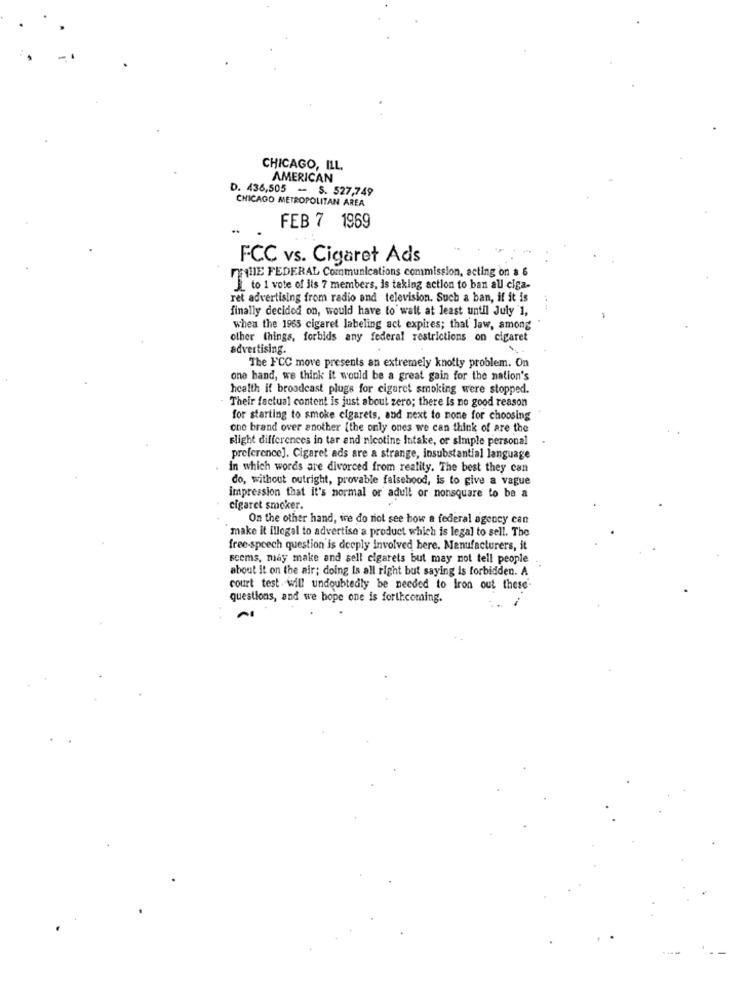
CHICAGO, ILL
AMERICAN
D. 436,505 - S. 527,749
CHICAGO METROPOLITAN AREA
FEB 7 1969
FCC vs. Cigaret Ads
THE FEDERAL Communications commission, acting on a 6
to 1 vote of its 7 members, is taking action to ban all ciga-
ret advertising from radio and television. Such a ban, if it is
finally decided on, would have to wait at least until July 1,
when the 1965 cigaret labeling act expires; that law, among
other things, forbids any federal restrictions on cigaret
advertising.
The FCC move presents an extremely knotty problem. On
one hand, we think it would be a great gain for the nation's
health if broadcast plugs for cigaret smoking were stopped.
Their factual content is just about zero; there Is no good reason
for starting to smoke cigarets, and next to none for choosing
one brand over another [the only ones we can think of are the
slight differences in tar and nicotine Intake, or simple personal
preference]. Cigaret ads are a strange, insubstantial language
in which words are divorced from reality. The best they can
do, without outright, provable falsehood, is to give a vague
impression that it's normal or adult or nonsquare to be a
cigaret smoker.
On the other hand, tre do not see how a federal agency can
make it illegal to advertise a product which is legal to sell. The
free-speech question is deeply involved bere. Manufacturers, it
seems, may make and sell cigarets but may not tell people
about it on the air; doing Is all right but saying is forbidden. A
court test will undoubtedly be needed to Iron out these-
questions, and we hope one is forthcoming.